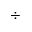
\div